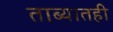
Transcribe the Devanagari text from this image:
ताब्यातही